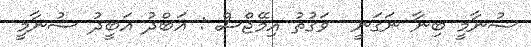
ސުނާމީ ބިނާ ނަގަނީ  ވަގުތު އިމޭޖްސް : އަބްދު އަބީދު ސުނާމީ